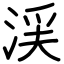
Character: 渓